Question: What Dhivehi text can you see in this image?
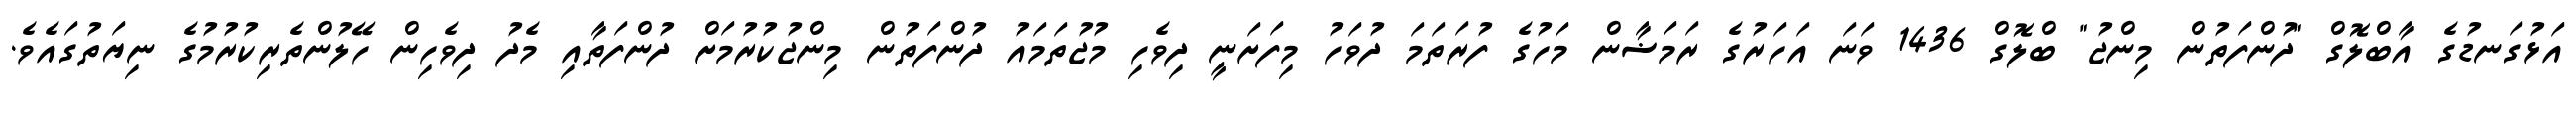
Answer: އަޅުގަނޑުގެ އާބްލޮގް "ދުންފަތުން މިންޖު" ބްލޮގް 1436 ވަނަ އަހަރުގެ ރަމަޟާން މަހުގެ ފުރަތަމަ ދުވަހު މިފަށަނީ ދިވެހި މުޖުތަމައު ދުންފަތުން މިންޖުކުރުމަށް ދުންފަތާއި މެދު ދިވެހިން ހޭލުންތެރިކުރުމުގެ ނިޔަތުގައެވެ.